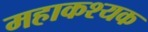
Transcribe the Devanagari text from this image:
महाकश्यक